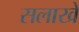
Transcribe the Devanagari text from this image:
सलाखे